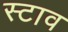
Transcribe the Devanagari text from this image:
स्टाव